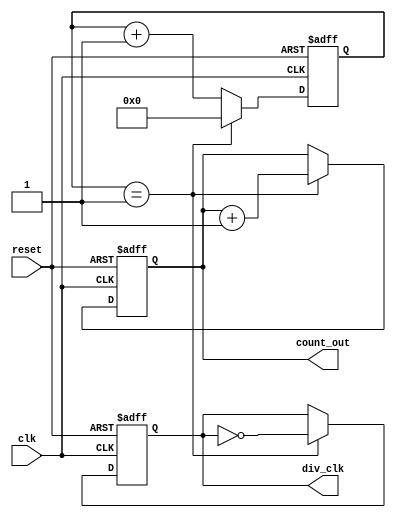
module FrequencyDividerCounter #(
    parameter N = 2  // Default division factor
)(
    input wire clk,       // Input clock
    input wire reset,     // Asynchronous reset signal
    output reg div_clk,   // Output divided clock
    output reg [31:0] count_out // Output count
);

    reg [31:0] count; // Counter register to count the input clock cycles

    always @(posedge clk or posedge reset) begin
        if (reset) begin
            count <= 0;
            div_clk <= 0;
            count_out <= 0;
        end else begin
            if (N > 1) begin // Only perform counting if N is greater than 1
                count <= count + 1;
                // Toggle div_clk and reset count when it reaches N/2
                if (count == (N - 1)) begin
                    div_clk <= ~div_clk;
                    count_out <= count_out + 1; // Increment the output count
                    count <= 0; // Reset the count
                end
            end else begin
                // Handle edge case where N is less than or equal to 1
                div_clk <= clk; // Output clock mirrors input clock for N = 1
                count_out <= count_out; // No change in count_out
            end
        end
    end

endmodule